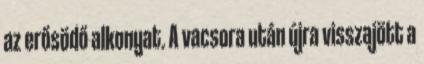
az erősödő alkonyat. A vacsora után újra visszajött a